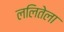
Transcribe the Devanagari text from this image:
ललितेला